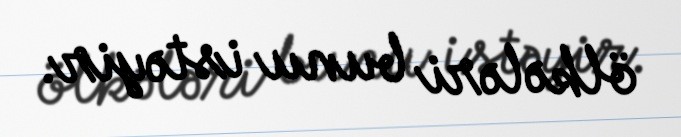
ölkələri bunu istəyir.